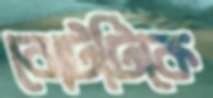
বোটটিকে